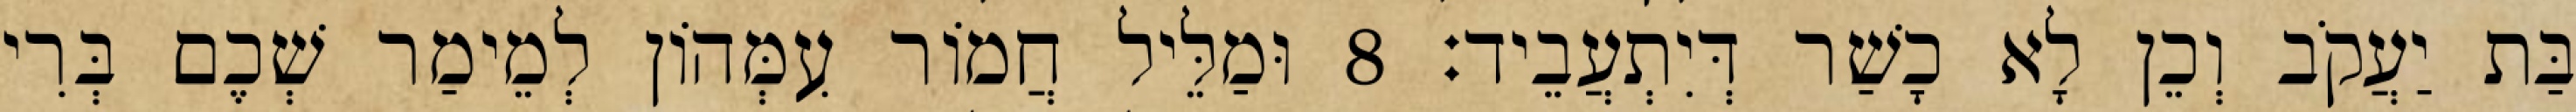
בַּת יַעֲקֹב וְכֵן לָא כָשַׁר דְּיִתְעֲבֵיד׃ 8 וּמַלֵּיל חֲמוֹר עִמְּהוֹן לְמֵימַר שְׁכֶם בְּרִי